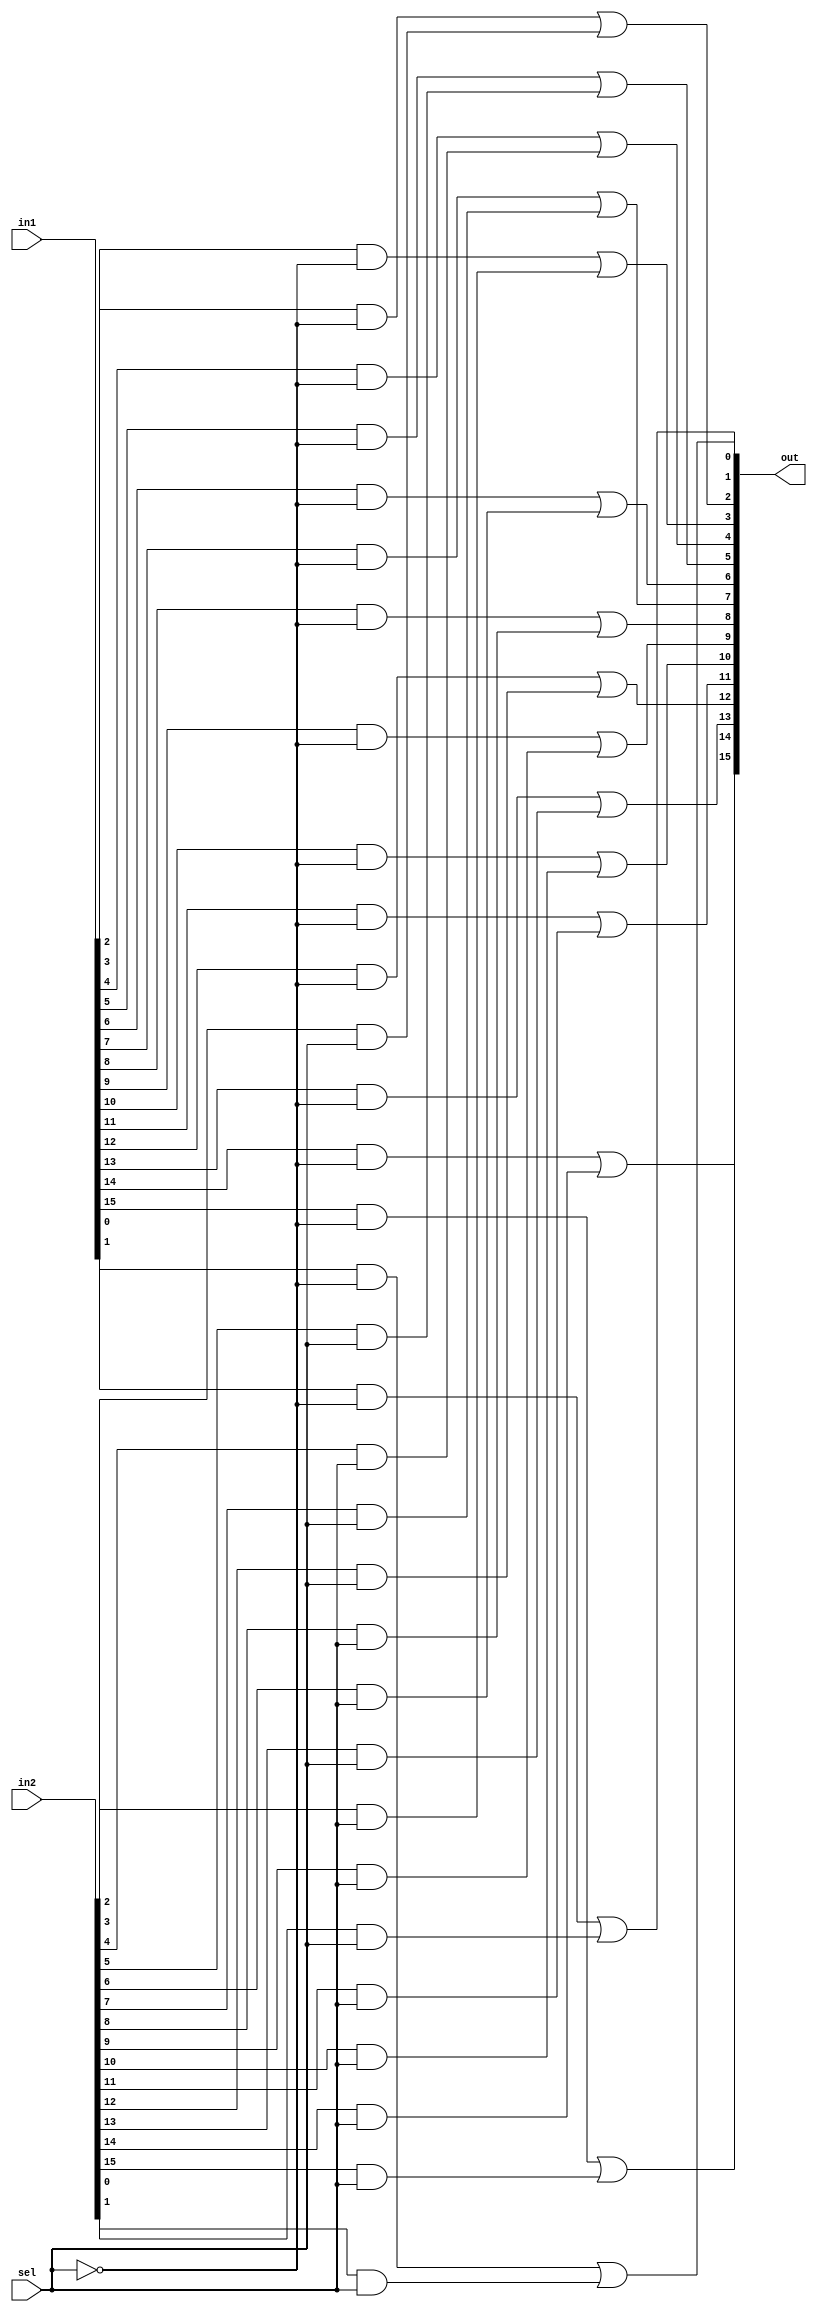
module mux2_1(in1, in2, sel, out);

input [15:0] in1, in2;
input sel;

output [15:0] out;

assign out[0] = (in1[0] & ~sel) | (in2[0] & sel);
assign out[1] = (in1[1] & ~sel) | (in2[1] & sel);
assign out[2] = (in1[2] & ~sel) | (in2[2] & sel);
assign out[3] = (in1[3] & ~sel) | (in2[3] & sel);

assign out[4] = (in1[4] & ~sel) | (in2[4] & sel);
assign out[5] = (in1[5] & ~sel) | (in2[5] & sel);
assign out[6] = (in1[6] & ~sel) | (in2[6] & sel);
assign out[7] = (in1[7] & ~sel) | (in2[7] & sel);

assign out[8] = (in1[8] & ~sel) | (in2[8] & sel);
assign out[9] = (in1[9] & ~sel) | (in2[9] & sel);
assign out[10] = (in1[10] & ~sel) | (in2[10] & sel);
assign out[11] = (in1[11] & ~sel) | (in2[11] & sel);

assign out[12] = (in1[12] & ~sel) | (in2[12] & sel);
assign out[13] = (in1[13] & ~sel) | (in2[13] & sel);
assign out[14] = (in1[14] & ~sel) | (in2[14] & sel);
assign out[15] = (in1[15] & ~sel) | (in2[15] & sel);

endmodule